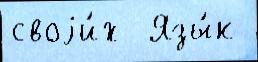
своjи́х  Язы́к